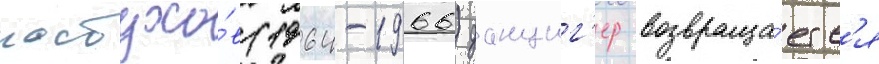
пастухо́в (1964-1966) данциг'ер возвраща́етс'я